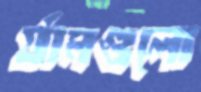
র‍্যামগুলো